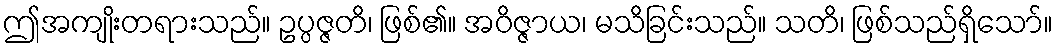
ဤအကျိုးတရားသည်။ ဥပ္ပဇ္ဇတိ၊ ဖြစ်၏။ အဝိဇ္ဇာယ၊ မသိခြင်းသည်။ သတိ၊ ဖြစ်သည်ရှိသော်။